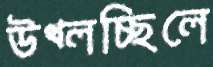
উথ্‌লচ্ছিলে